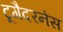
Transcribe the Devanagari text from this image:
टूगैदरनेस